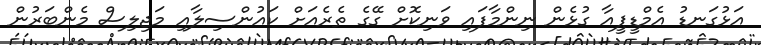
އަޅުގަނޑު އެމްޑީޕީއާ ގުޅެން ނިންމާފައި ވަނިކޮށް ގޭގެ ތެރެއަށް ކައުންސިލާއި މަޖިލިސް މެންބަރުން